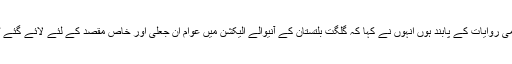
پاکستان بنانے کا مقصد یہ تھا کہ مملکت خداداد پاکستان ایک اسلامی ریاست ہو اس میں بسنے والے اسلامی روایات کے پابند ہوں انہوں نے کہا کہ گلگت بلتستان کے آنیوالے الیکشن میں عوام ان جعلی اور خاص مقصد کے لئے لائے گئے ٹولے کو مسترد کرینگے اور انشاءاللہ تحریک انصاف جی بی سے ایک نشست بھی نہیں جیت سکے گی ۔